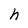
Character: h